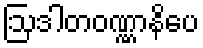
ဩဒါတဝဏ္ဏာနိပေ